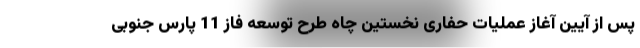
پس از آیین آغاز عملیات حفاری نخستین چاه طرح توسعه فاز 11 پارس جنوبی